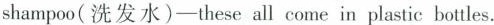
shampoo(洗发水)—— these all come in plastic bottles.